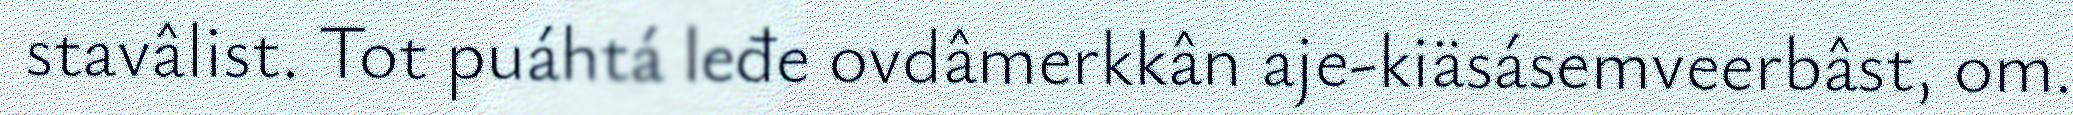
stavâlist. Tot puáhtá leđe ovdâmerkkân aje-kiäsásemveerbâst, om.